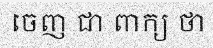
ចេញ ជា ពាក្យ ថា